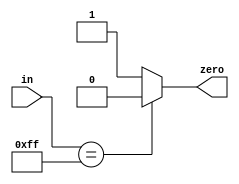
//////////////////////////////////////////////////////////////////////////////////
// Course: Cooper Union ECE151A Spring 2016
// Professor: Professor Marano
// Module Name: 
// Description: 
//////////////////////////////////////////////////////////////////////////////////

`timescale 1ns / 1ns

module ALU(zero, in);

//-------------Input Ports-----------------------------
input wire [7:0] in;
//-------------Output Ports----------------------------
output reg zero; 	

//------------------Instructions-----------------------

always @(in)
begin
	if (in == 8'b11111111) begin
		zero = 0;
	end else begin
		zero = 1;
	end
end


endmodule